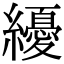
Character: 纋